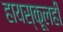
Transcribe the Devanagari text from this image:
हायस्कूलही